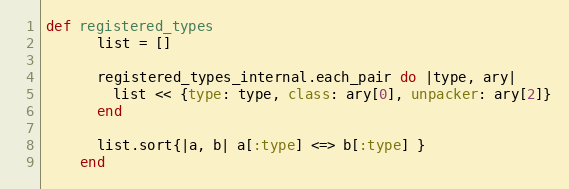
Language: Ruby
def registered_types
      list = []

      registered_types_internal.each_pair do |type, ary|
        list << {type: type, class: ary[0], unpacker: ary[2]}
      end

      list.sort{|a, b| a[:type] <=> b[:type] }
    end